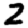
Digit: 2